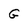
Character: G